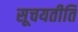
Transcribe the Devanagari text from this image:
सूचयतीति